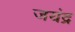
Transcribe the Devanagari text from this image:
जयंद्र